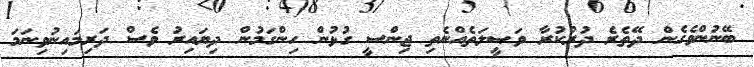
ބޭނުންވެގެން ދޭތެރެ ދުރުކުރާ ވަޞީލަތެއްނެތި ޖިންސީ ގުޅުން ހިންގަމުން ދިޔައިރު ވެސް ދަރިމައިނުވިނަމަ